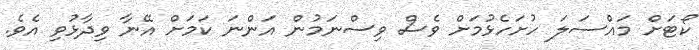
ކޯޓަށް މައްސަލަ ހުށަހެޅުމަށް ވެސް ވިސްނަމުން އަންނަ ކަމަށް އޭނާ ވިދާޅުވި އެވެ.